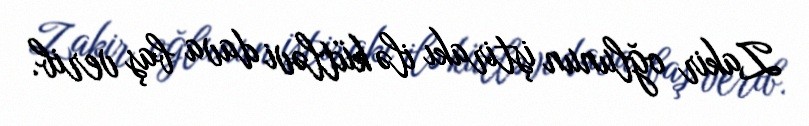
Zakir oğlunun iştirakı ilə kütləvi dava baş verib.